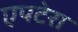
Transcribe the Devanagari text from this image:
एपटेरा